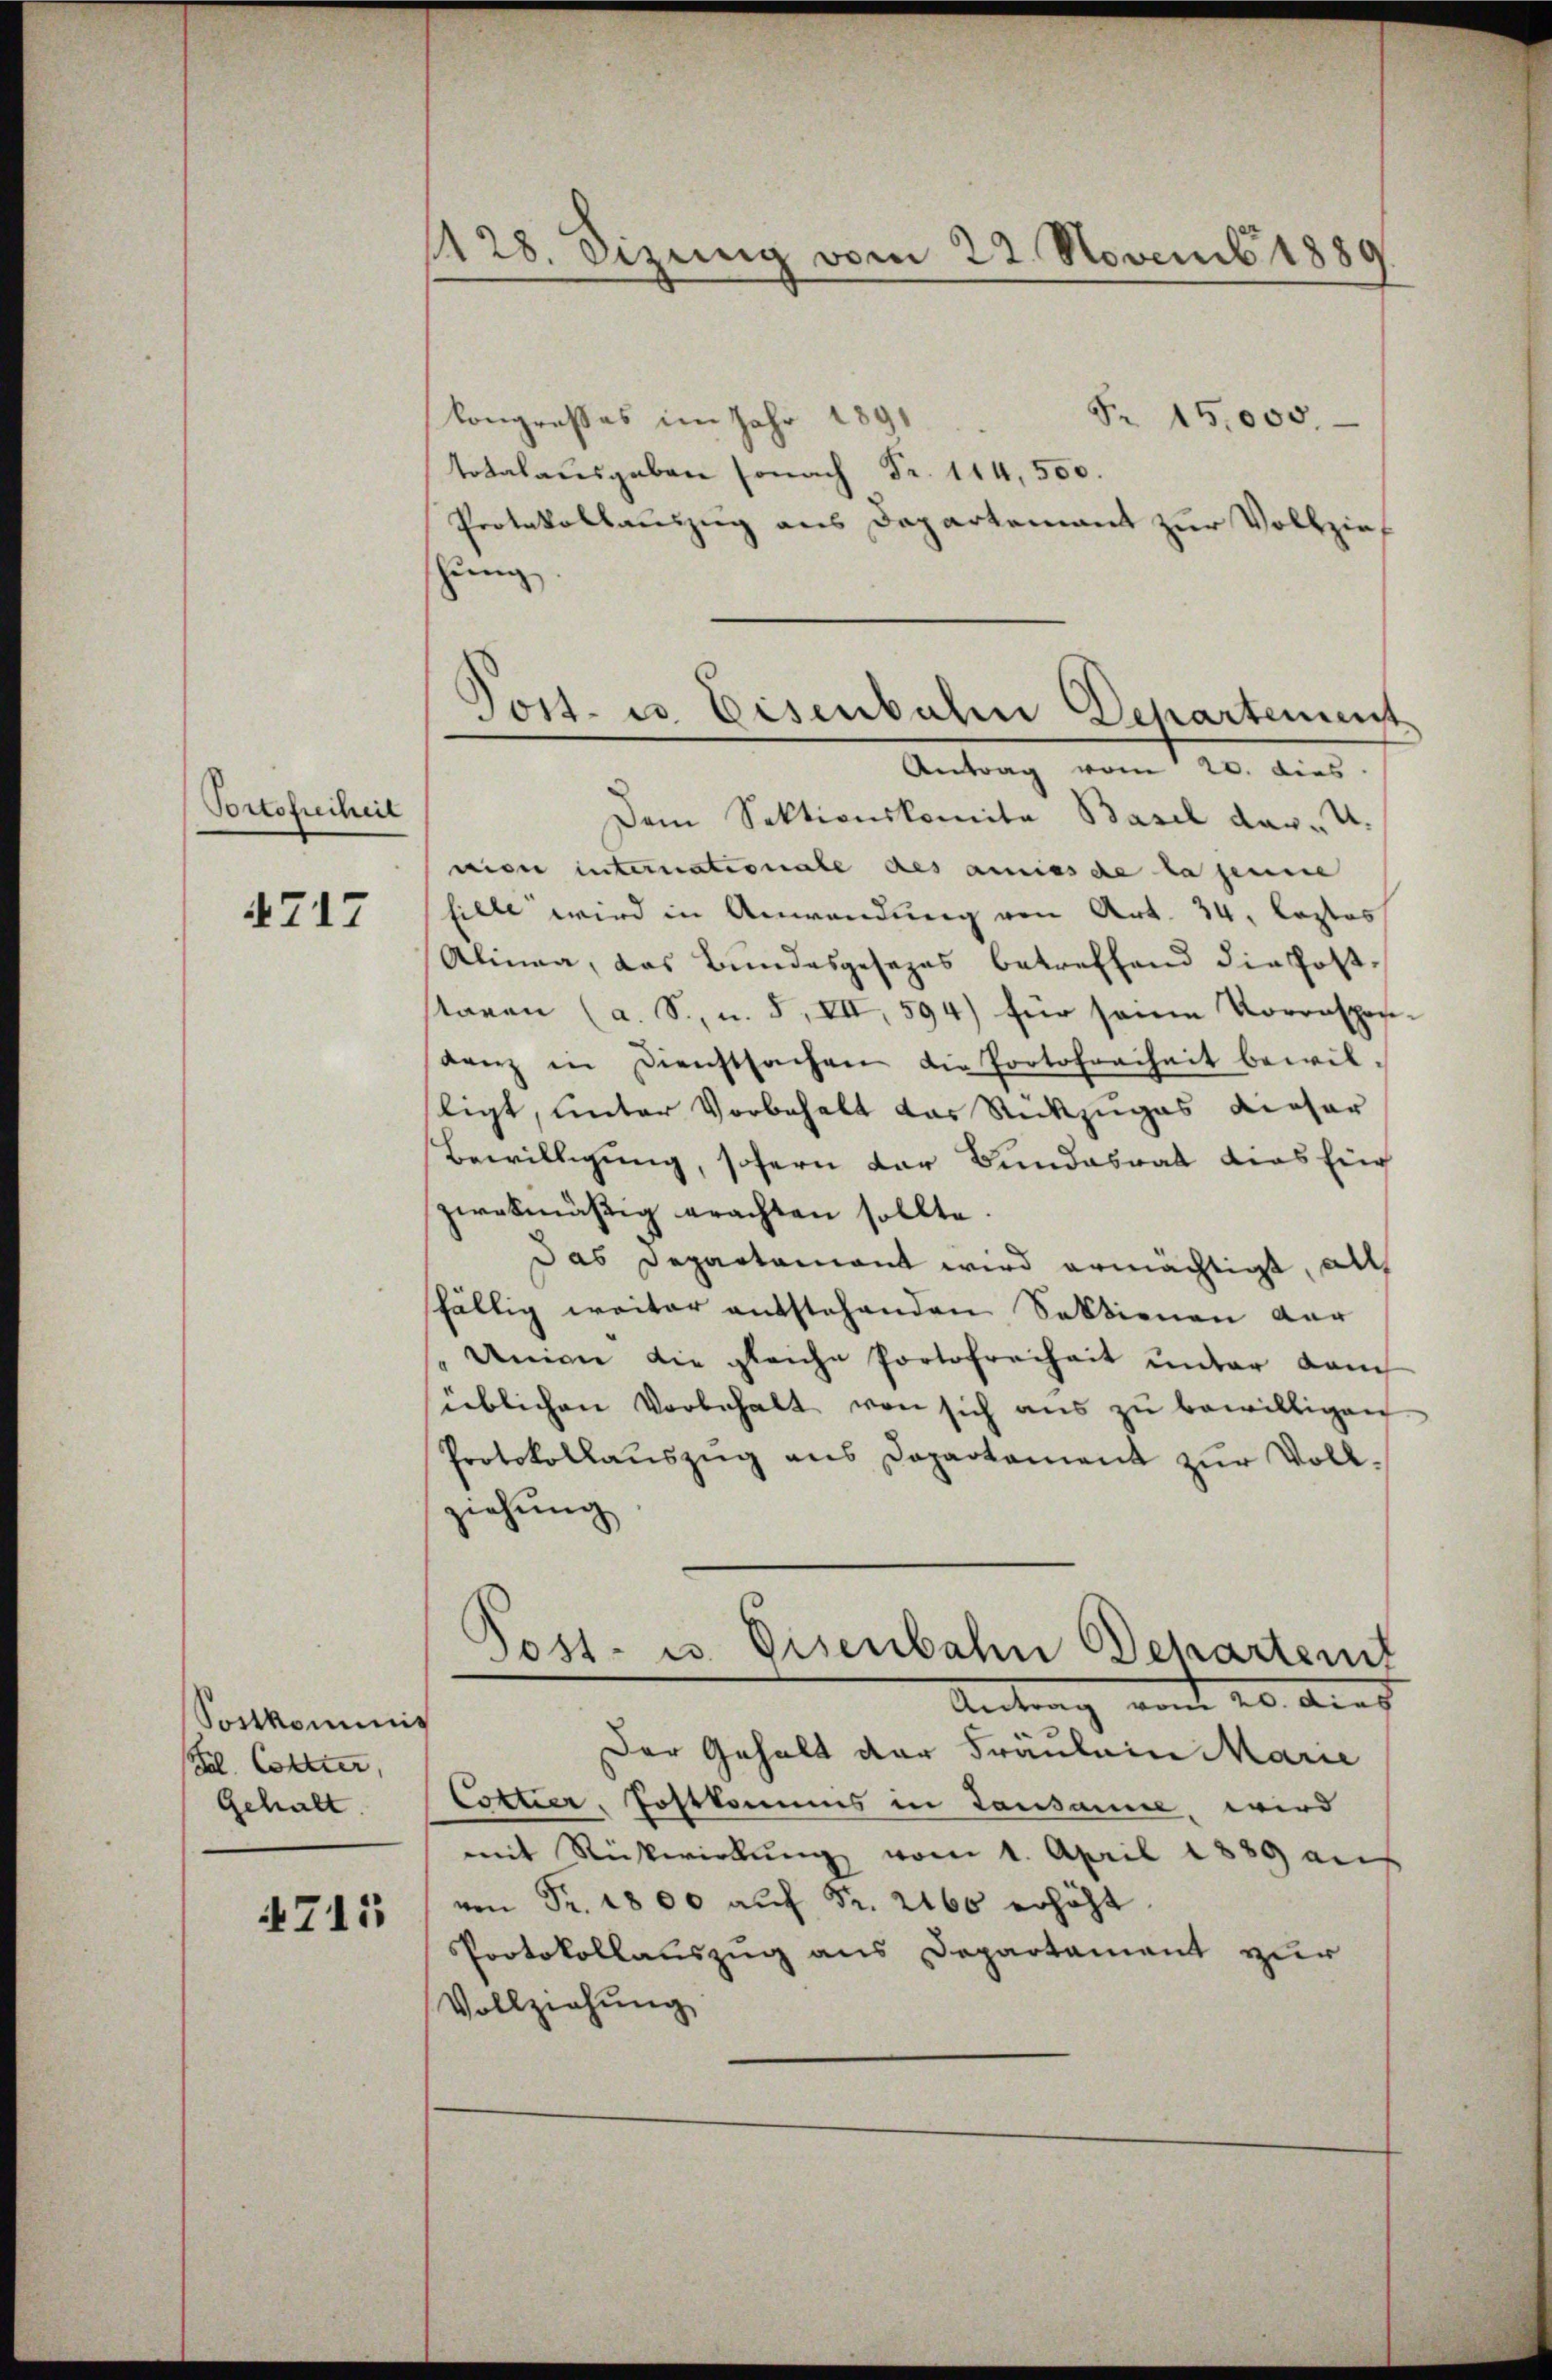
Portofreiheit

4717

Sostkommis
(Frl. Collter,
Gehalt

4715

1128. Sizung vom 22. Novemb. 1889

.
Post- u. Eisenbahn Departement
Antrag vom 20. dies

Fr. 15,000.
Congresses im Jahr 1
totalausgaben sonach Fr. 114, 500.
Protokollauszug aus Departement zur Vollzieh
shung
Dem Sektionskomita Basel dar- u.
niser internationale des aminsche la jenene
fille wird in Anwendung von Art. 34. Lostos
Alinea, das Bundesgesezes betreffend die Poststaren (a. S., u. 5, VII, 594) für seine Vorrespos
denz in Dienstsachen die Portofreiheit bewil-
ligt, unter Vorbehalt das Rückzuges dieser
Bewilligung, sofern der Bundesrat dies Ein
zwekmäßig erachten sollte
das Departamant wird ermächtigt, all
fällig weiter entstehenden Sektionen vor
Union die gleiche Portofreiheit unter Lauch
üblichen Vorbehalt von sich aus zu bewilligen
Protokollauszug aus Dapartament zŭr Vollziehung
Post- u. Eisenbahn Schartent
Antrag am 20. dies
Der Gehalt der Fräulein Marie
Cottier, Postkommis in Lausanne, wird
mit Rückwirkŭng vom 1. April 1889 an
von Fr. 1800 aŭf Fr. 2160 erhöht.
Protokollauszug aus Departament zur
Vollziehung